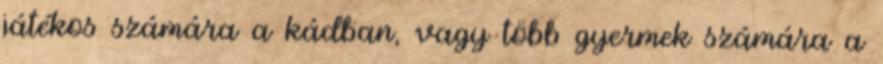
játékos számára a kádban, vagy több gyermek számára a